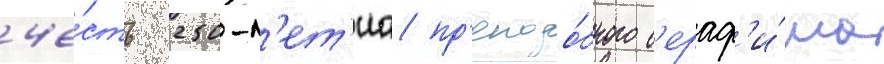
че́сть 250-л'ет'иа пр'еподо́бного с'ераф'и́ма